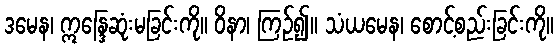
ဒမေန၊ ဣန္ဒြေဆုံးမခြင်းကို။ ဝိနာ၊ ကြဉ်၍။ သံယမေန၊ စောင့်စည်းခြင်းကို။